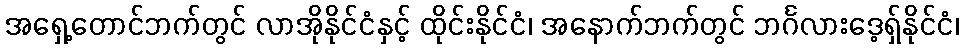
အရှေ့တောင်ဘက်တွင် လာအိုနိုင်ငံနှင့် ထိုင်းနိုင်ငံ၊ အနောက်ဘက်တွင် ဘင်္ဂလားဒေ့ရှ်နိုင်ငံ၊